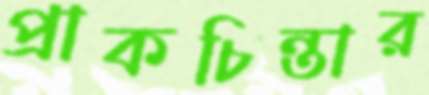
প্রাকচিন্তার